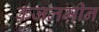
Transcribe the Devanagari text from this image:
कजलमीन